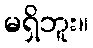
မရှိဘူး။